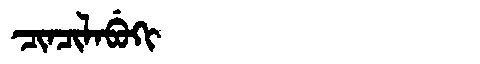
Manchu: ᠴᡳᠨᠴᡳᠯᠠᠪᡠᡴᡳ
Romanization: CINCILABUKI